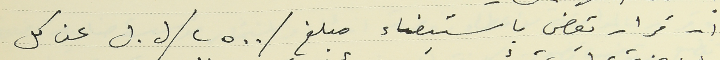
١ - قرار يقضي باستيفاء مبلغ /٢٥٠٠/ ل. ل عن كل